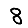
Digit: 8